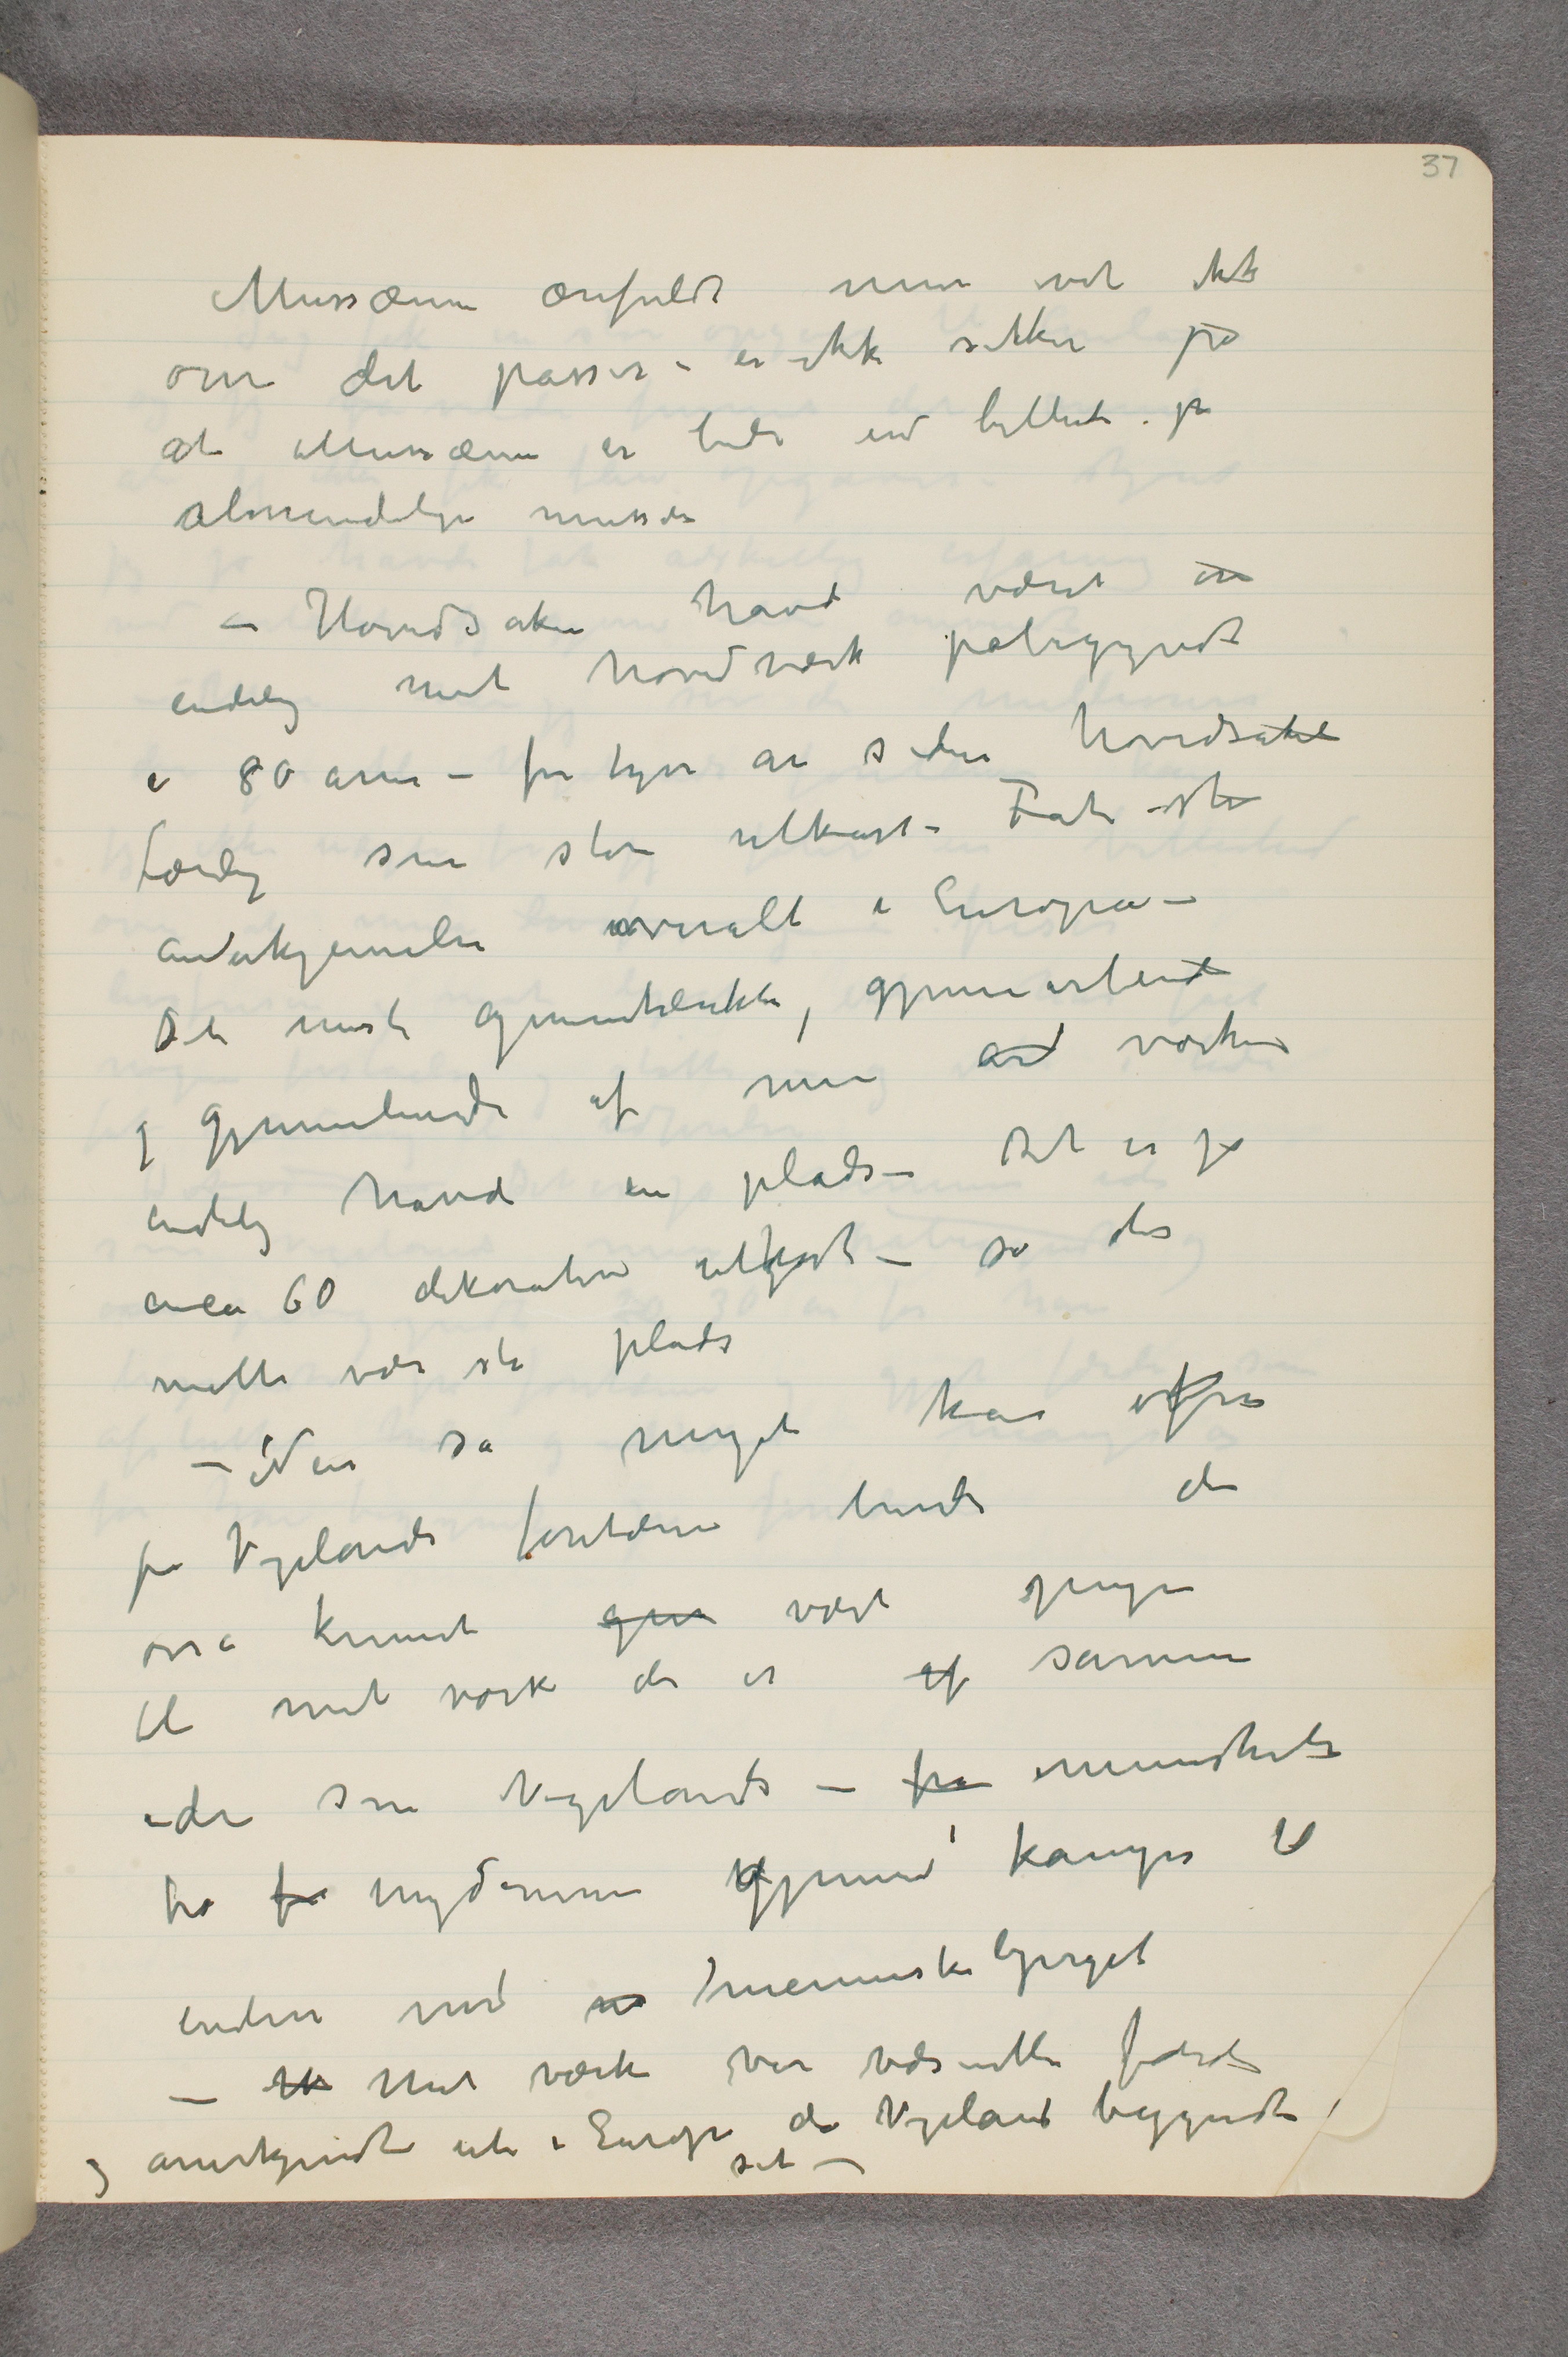
Mussæum ærefuldt men vet ikke
om det passer – er ikke sikker på
at Mussæum er bedre end billeder på
almindelige mussæer
– Hovedsaken havde været om
endelig mit hovedværk påbegyndt
i 80 årene – for tyve år siden hovedsakeli
færdig som store utkast – Fåt stor
anerkjennelse overalt i Europa –
Det mest gjennemtænkte, gjennemarbeide
og gjennemlevede af mine ar værker
endelig havde en plads – Det er jo
circa 60 dekorative utkast – så det
måtte være stor plads
 – Når så meget kan ofres
på Vigelands forntæne burde det
osså kunnet give vært penger
til mit værk der er af samme
ide som Vigelands – fra menneskets
fra fra ungdommen gjennem kampen til
enden med ...   … menneskebjerget
–  Mt  Mit værk var væsentli færdig
og anerkjendt ute i Europa da Vigeland begyndte
sit -